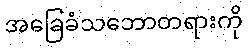
အခြေခံသဘောတရားကို